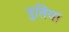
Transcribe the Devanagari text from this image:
दुतिया